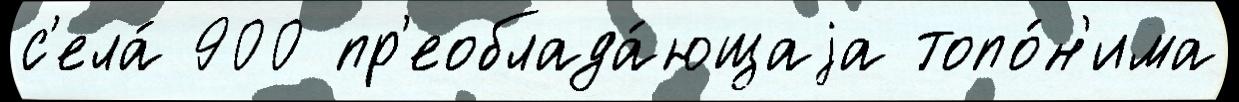
с'ела́ 900 пр'еоблада́ющаjа топо́н'има